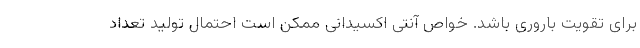
برای تقویت باروری باشد. خواص آنتی اکسیدانی ممکن است احتمال تولید تعداد